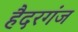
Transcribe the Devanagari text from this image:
हैदरगंज